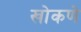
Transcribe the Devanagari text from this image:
खोकणे